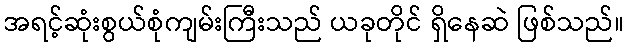
အရင့်ဆုံးစွယ်စုံကျမ်းကြီးသည် ယခုတိုင် ရှိနေဆဲ ဖြစ်သည်။